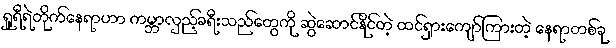
ရှူရီရဲတိုက်နေရာဟာ ကမ္ဘာလှည့်ခရီးသည်တွေကို ဆွဲဆောင်နိုင်တဲ့ ထင်ရှားကျော်ကြားတဲ့ နေရာတစ်ခု